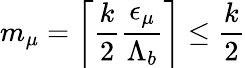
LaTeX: m_{\mu}=\left\lceil\frac{k}{2}\frac{{\epsilon}_{\mu}}{{\Lambda}_{b}}\right\rceil\leq\frac{k}{2}